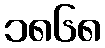
၁၈၆၈